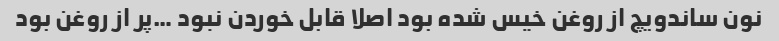
نون ساندویچ از روغن خیس شده بود اصلا قابل خوردن نبود …پر از روغن بود